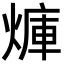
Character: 𪹜